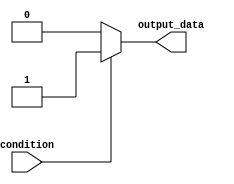
module if_else_example (
    input wire condition,
    output reg output_data
);

always @(*) begin
    if (condition) begin
        output_data <= 1'b1; // Code to be executed if condition is true
    end
    else begin
        output_data <= 1'b0; // Code to be executed if condition is false
    end
end

endmodule